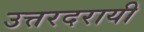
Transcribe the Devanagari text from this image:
उत्तरदरायी